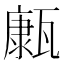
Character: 𤮊